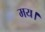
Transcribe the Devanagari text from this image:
मय।